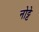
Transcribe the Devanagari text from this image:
नोट्टे